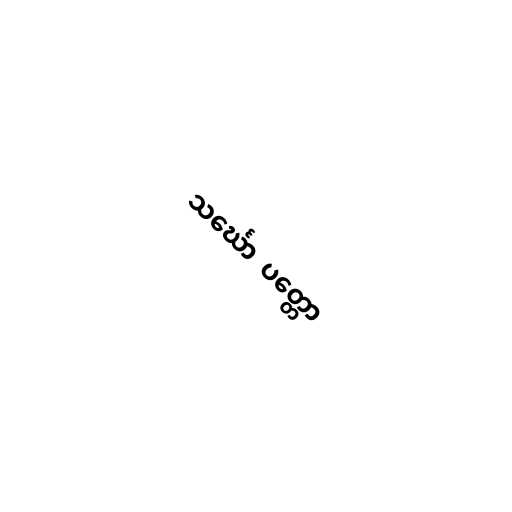
သင်္ဃော  ပတ္တော